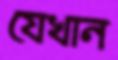
যেখান